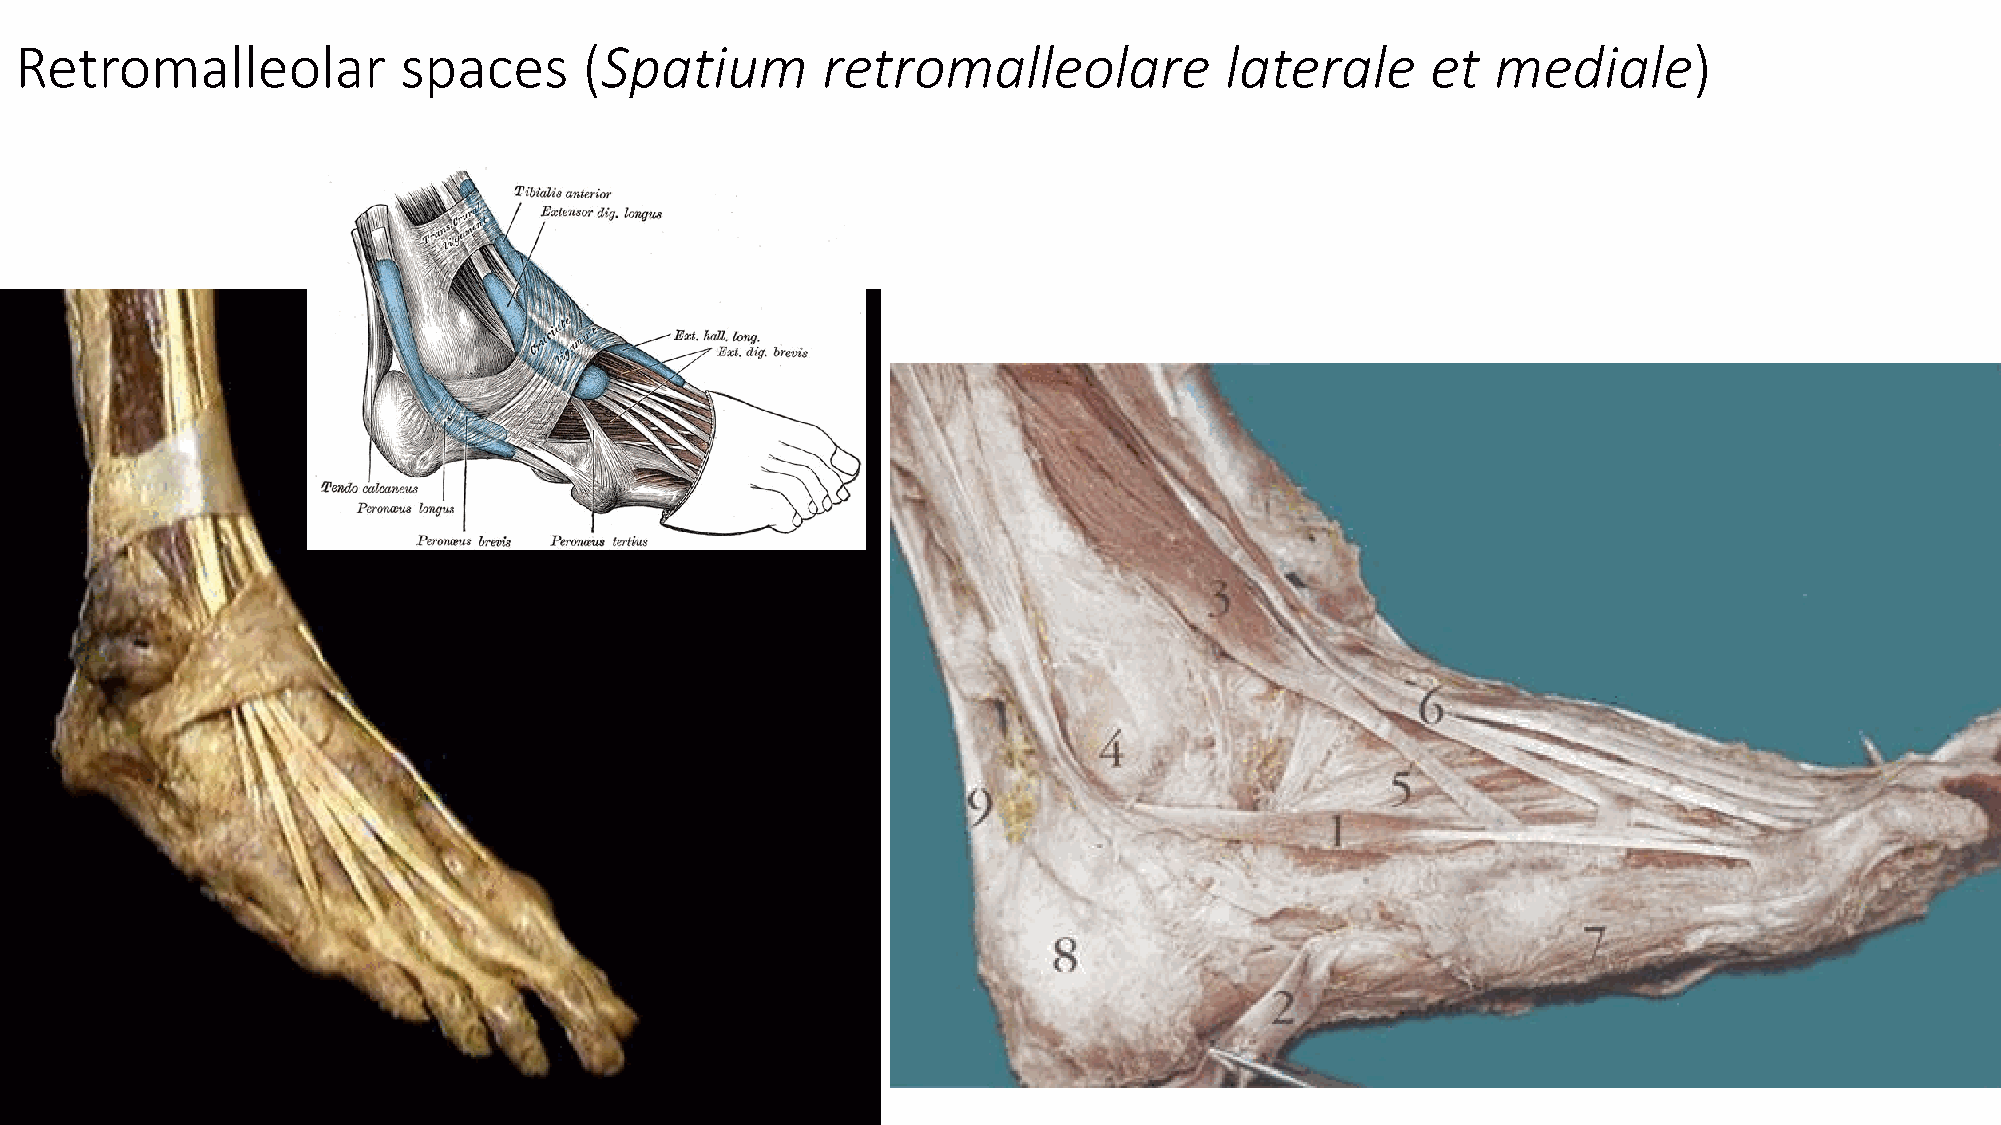
Retromalleolar            spaces      (Spatium       retromalleolare            laterale      et  mediale)